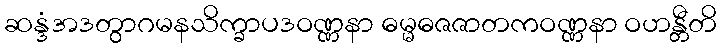
ဆန္ဒံအဒတွာဂမနသိက္ခာပဒဝဏ္ဏနာ ဓမ္မဓဇဇာတကဝဏ္ဏနာ ဝဟန္တီတိ